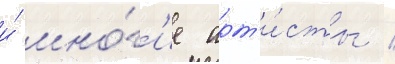
и́ мно́г'ие арт'и́сты /